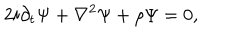
2 i \partial _ { t } \Psi + \nabla ^ { 2 } \Psi + { \rho } \Psi = 0 ,